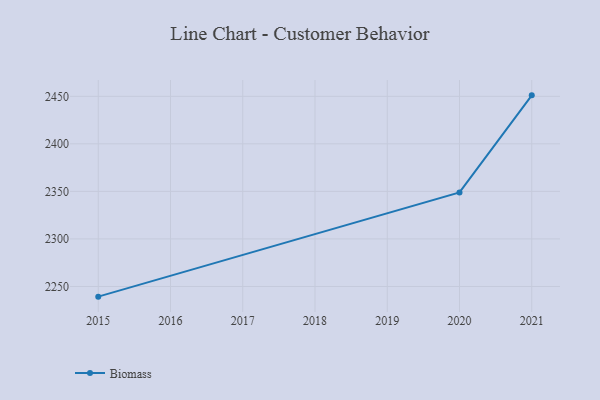
{"axis": {"x": "Year", "y": "Backlog"}, "legend": ["Biomass"], "data": [{"x": "2021", "y": 2451.0, "type": "Biomass"}, {"x": "2020", "y": 2348.9, "type": "Biomass"}, {"x": "2015", "y": 2239.3, "type": "Biomass"}]}